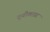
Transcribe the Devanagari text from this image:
यूनीकास्ट